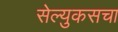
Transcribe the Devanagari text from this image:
सेल्युकसचा